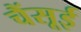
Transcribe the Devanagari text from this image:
चैंसूई